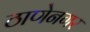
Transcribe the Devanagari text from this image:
ठाणेनगर